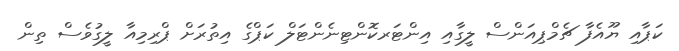
ކަޕާއި ޔޫއެފާ ޗެމްޕިއަންސް ލީގާއި އިންޓަރކޮންޓިނެންޓަލް ކަޕްގެ އިތުރަށް ޕްރިމިއާ ލީގުވެސް ތިން